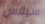
سيلاس